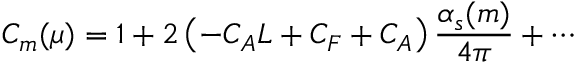
C _ { m } ( \mu ) = 1 + 2 \left( - C _ { A } L + C _ { F } + C _ { A } \right) \frac { \alpha _ { s } ( m ) } { 4 \pi } + \cdots